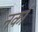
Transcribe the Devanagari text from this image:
नर्का